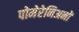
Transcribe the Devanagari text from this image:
पोमेरेनिअनों